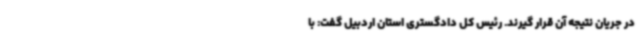
در جریان نتیجه آن قرار گیرند. رئیس کل دادگستری استان اردبیل گفت: با